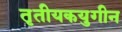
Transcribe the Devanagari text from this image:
तृतीयकयुगीन